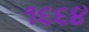
૧૬૬૪